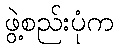
ဖွဲ့စည်းပုံက